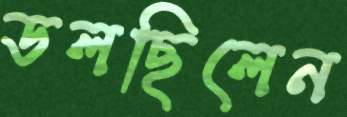
ডলছিলেন